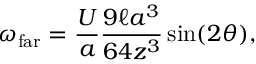
\omega _ { \mathrm { f a r } } = \frac { U } { a } \frac { 9 \ell a ^ { 3 } } { 6 4 z ^ { 3 } } \sin ( 2 \theta ) ,